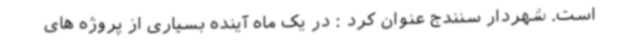
است. شهردار سنندج عنوان کرد : در یک ماه آینده بسیاری از پروژه های